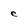
Character: e